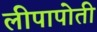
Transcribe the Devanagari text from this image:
लीपापोती